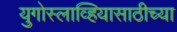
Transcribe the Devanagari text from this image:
युगोस्लाव्हियासाठीच्या